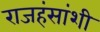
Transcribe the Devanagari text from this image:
राजहंसांशी